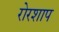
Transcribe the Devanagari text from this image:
रोरशाप